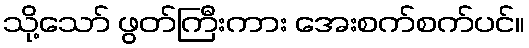
သို့သော် ဖွတ်ကြီးကား အေးစက်စက်ပင်။